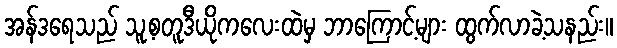
အန်ဒရေသည် သူ့စတူဒီယိုကလေးထဲမှ ဘာကြောင့်များ ထွက်လာခဲ့သနည်း။